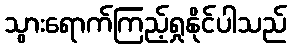
သွားရောက်ကြည့်ရှုနိုင်ပါသည်